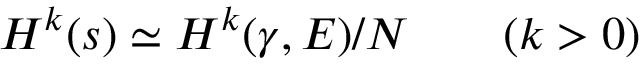
H ^ { k } ( s ) \simeq H ^ { k } ( \gamma , { \cal E } ) / { \cal N } \qquad ( k > 0 )